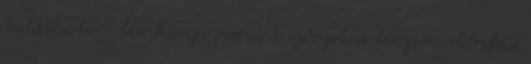
található - lunkarya perui a szőrzet a törzsön előrefelé